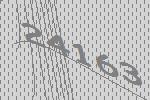
24163